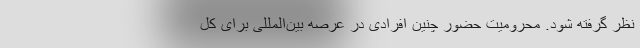
نظر گرفته شود. محرومیت حضور چنین افرادی در عرصه بین‌المللی برای کل